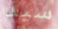
سيد